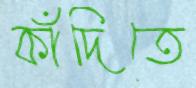
কাঁদিতে